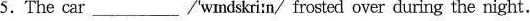
5.The car ___ /'wmdskri:n/ frosted over during the night.